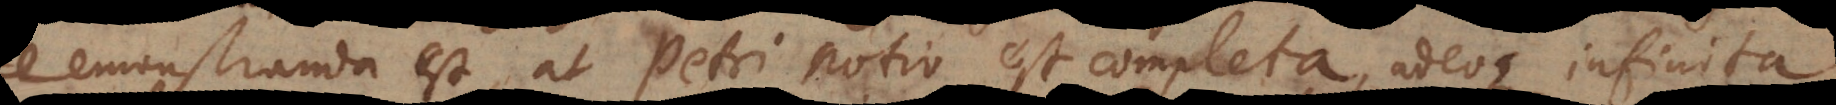
demonstranda est, at Petri notio est completa, adeoque infinita